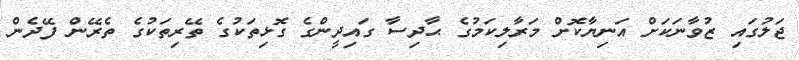
ޖަލުގައި ޒުވާނަކަށް އަނިޔާކޮށް މަރާލިކަމުގެ ޙާދިސާ ގައިދީންގެ ގޮޅިތަކުގެ ތޭރިތަކުގެ ތެރޭން ފޭދެން